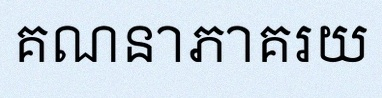
គណនាភាគរយ